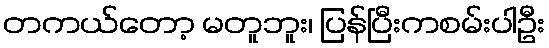
တကယ်တော့ မတူဘူး၊ ပြန်ပြီးကစမ်းပါဦး